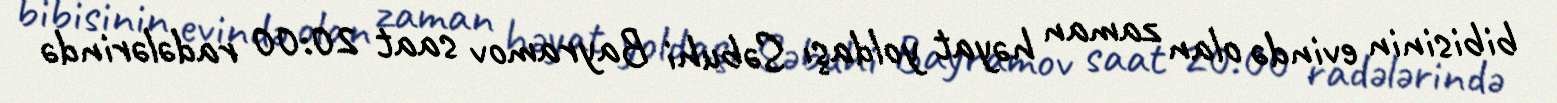
bibisinin evində olan zaman həyat yoldaşı Səbuhi Bayramov saat 20:00 radələrində